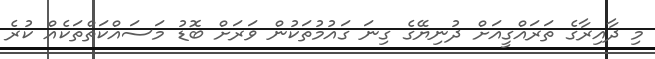
މި ދާއިރާގެ ތަރައްގީއަށް ދުނިޔޭގެ ގިނަ ގައުމުތަކުން ވަރަށް ބޮޑު މަސައްކަތްތަކެއް ކުރެ